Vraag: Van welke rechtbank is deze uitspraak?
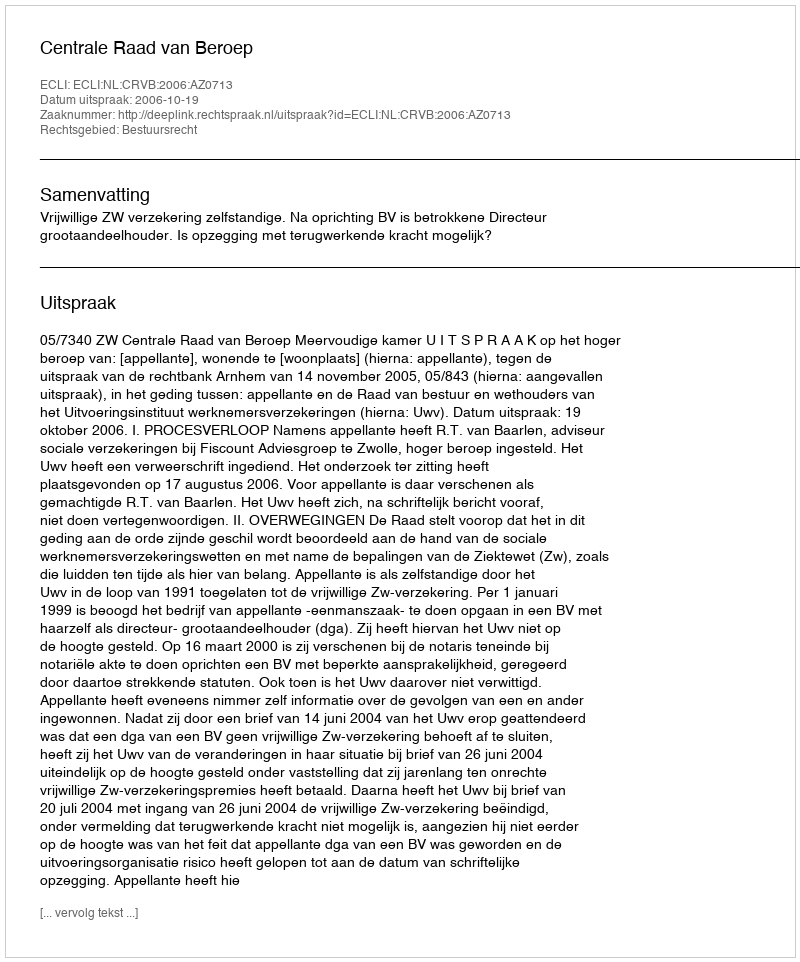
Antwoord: Centrale Raad van Beroep